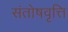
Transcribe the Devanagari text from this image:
संतोषवृत्ति